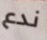
ندع